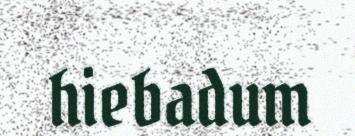
hiebadum